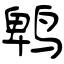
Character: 鹎